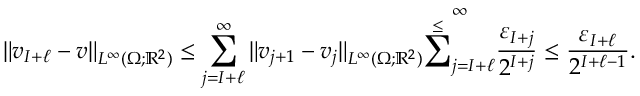
\| v _ { I + \ell } - v \| _ { L ^ { \infty } ( \Omega ; \mathbb R ^ { 2 } ) } \leq \sum _ { j = I + \ell } ^ { \infty } \| v _ { j + 1 } - v _ { j } \| _ { L ^ { \infty } ( \Omega ; \mathbb R ^ { 2 } ) } \overset { \leq } \sum _ { j = I + \ell } ^ { \infty } \frac { \varepsilon _ { I + j } } { 2 ^ { I + j } } \leq \frac { \varepsilon _ { I + \ell } } { 2 ^ { I + \ell - 1 } } .